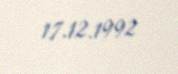
17.12.1992